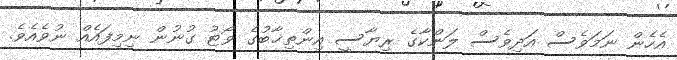
އެހެން ނަމަވެސް އަދިވެސް ލަންކާގެ ރިޔާސީ އިންތިޚާބުގެ ވޯޓު ގުނުން ނިމިފައެއް ނުވެއެވެ.